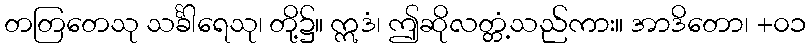
တတြတေသု သင်္ခါရေသု၊ တို့၌။ ဣဒံ၊ ဤဆိုလတ္တံ့သည်ကား။ အာဒိတော၊ +၀၁